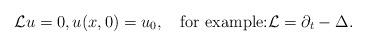
LaTeX: \begin{align*} \mathcal{L} u=0, u(x,0)=u_0, \quad\mbox{for example:} \mathcal{L} = \partial_t - \Delta. \end{align*}